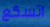
اتسكع